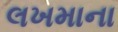
લખમાના